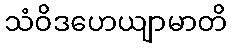
သံဝိဒဟေယျာမာတိ